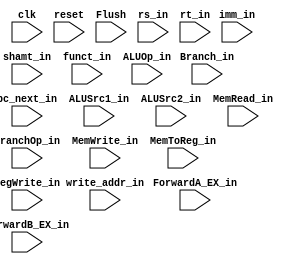
/* verilator lint_off UNUSED */

module ID_EX_Reg(
         clk, reset, Flush,
         shamt_in, funct_in, write_addr_in,
         rs_in, rt_in, imm_in, pc_next_in,
         Branch_in, BranchOp_in, ALUOp_in, ALUSrc1_in, ALUSrc2_in,
         ForwardA_EX_in, ForwardB_EX_in,
         MemRead_in, MemWrite_in,
         MemToReg_in, RegWrite_in
       );
input clk;
input reset;
input Flush;

// ID data
input [4:0] shamt_in;
input [5:0] funct_in;
input [4:0] write_addr_in;
input [31:0] rs_in;
input [31:0] rt_in;
input [31:0] imm_in;
input [31:0] pc_next_in;

// EX control
input Branch_in;
input [2:0] BranchOp_in;
input [3:0] ALUOp_in;
input ALUSrc1_in;
input ALUSrc2_in;
input [1:0] ForwardA_EX_in;
input [1:0] ForwardB_EX_in;

// Mem control
input MemRead_in;
input MemWrite_in;

// WB control
input [1:0] MemToReg_in;
input RegWrite_in;

reg [4:0] shamt;
reg [5:0] funct;
reg [4:0] write_addr;
reg [31:0] rs;
reg [31:0] rt;
reg [31:0] imm;
reg [31:0] pc_next;
reg Branch;
reg [2:0] BranchOp;
reg [3:0] ALUOp;
reg ALUSrc1;
reg ALUSrc2;
reg [1:0] ForwardA_EX;
reg [1:0] ForwardB_EX;
reg MemRead;
reg MemWrite;
reg [1:0] MemToReg;
reg RegWrite;

always @ (posedge clk)
  begin
    if (~reset)
      begin
        shamt <= shamt_in;
        funct <= funct_in;
        write_addr <= write_addr_in;
        rs <= rs_in;
        rt <= rt_in;
        imm <= imm_in;
        pc_next <= pc_next_in;
        Branch <= Branch_in;
        BranchOp <= BranchOp_in;
        ALUOp <= ALUOp_in;
        ALUSrc1 <= ALUSrc1_in;
        ALUSrc2 <= ALUSrc2_in;
        ForwardA_EX <= ForwardA_EX_in;
        ForwardB_EX <= ForwardB_EX_in;
        MemRead <= Flush ? 0 : MemRead_in;
        MemWrite <= Flush ? 0 : MemWrite_in;
        MemToReg <= MemToReg_in;
        RegWrite <= Flush ? 0 : RegWrite_in;
      end
    else
      begin
        shamt <= 5'b00000;
        funct <= 6'b000000;
        write_addr <= 5'b00000;
        rs <= 32'h00000000;
        rt <= 32'h00000000;
        imm <= 32'h00000000;
        pc_next <= 32'h00000000;
        Branch <= 0;
        BranchOp <= 3'b000;
        ALUOp <= 4'b0000;
        ALUSrc1 <= 0;
        ALUSrc2 <= 0;
        ForwardA_EX <= 2'b00;
        ForwardB_EX <= 2'b00;
        MemRead <= 0;
        MemWrite <= 0;
        MemToReg <= 2'b00;
        RegWrite <= 0;
      end
  end
endmodule